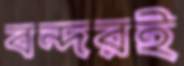
বন্দরই